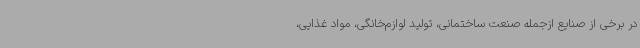
در برخی از صنایع ازجمله صنعت ساختمانی، تولید لوازم‌خانگی، مواد غذایی،